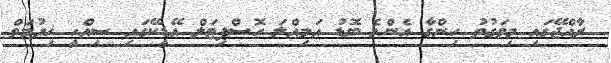
ރާއްޖޭގައި މިވަގުތު ހިންގާ އެންމެ ބޮޑު އަމިއްލަ ހޮސްޕިޓަލް އޭޑީކޭގައި ސިއްހީ ޚިދުމަތް